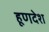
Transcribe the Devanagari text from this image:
हूणदेश